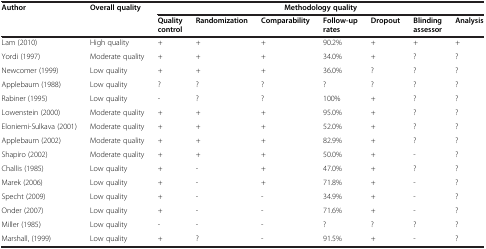
<table><thead><tr><td><b>Author</b></td><td><b>Overall quality</b></td><td colspan="7"><b>Methodology quality</b></td></tr><tr><td><b> </b></td><td><b> </b></td><td><b>Quality control</b></td><td><b>Randomization</b></td><td><b>Comparability</b></td><td><b>Follow-up rates</b></td><td><b>Dropout</b></td><td><b>Blinding assessor</b></td><td><b>Analysis</b></td></tr></thead><tbody><tr><td>Lam (2010)</td><td>High quality</td><td>+</td><td>+</td><td>+</td><td>90.2%</td><td>+</td><td>+</td><td>+</td></tr><tr><td>Yordi (1997)</td><td>Moderate quality</td><td>+</td><td>+</td><td>+</td><td>34.0%</td><td>+</td><td>?</td><td>?</td></tr><tr><td>Newcomer (1999)</td><td>Low quality</td><td>+</td><td>+</td><td>+</td><td>36.0%</td><td>?</td><td>?</td><td>?</td></tr><tr><td>Applebaum (1988)</td><td>Low quality</td><td>?</td><td>?</td><td>?</td><td>?</td><td>?</td><td>?</td><td>?</td></tr><tr><td>Rabiner (1995)</td><td>Low quality</td><td>-</td><td>?</td><td>?</td><td>100%</td><td>+</td><td>?</td><td>?</td></tr><tr><td>Lowenstein (2000)</td><td>Moderate quality</td><td>+</td><td>+</td><td>+</td><td>95.0%</td><td>+</td><td>?</td><td>?</td></tr><tr><td>Eloniemi-Sulkava (2001)</td><td>Moderate quality</td><td>+</td><td>+</td><td>+</td><td>52.0%</td><td>+</td><td>?</td><td>?</td></tr><tr><td>Applebaum (2002)</td><td>Moderate quality</td><td>+</td><td>+</td><td>+</td><td>82.9%</td><td>+</td><td>?</td><td>?</td></tr><tr><td>Shapiro (2002)</td><td>Moderate quality</td><td>+</td><td>+</td><td>+</td><td>50.0%</td><td>+</td><td>-</td><td>?</td></tr><tr><td>Challis (1985)</td><td>Low quality</td><td>+</td><td>-</td><td>+</td><td>47.0%</td><td>+</td><td>?</td><td>?</td></tr><tr><td>Marek (2006)</td><td>Low quality</td><td>+</td><td>-</td><td>+</td><td>71.8%</td><td>+</td><td>-</td><td>?</td></tr><tr><td>Specht (2009)</td><td>Low quality</td><td>+</td><td>-</td><td>-</td><td>34.9%</td><td>+</td><td>-</td><td>?</td></tr><tr><td>Onder (2007)</td><td>Low quality</td><td>+</td><td>-</td><td>-</td><td>71.6%</td><td>+</td><td>-</td><td>?</td></tr><tr><td>Miller (1985)</td><td>Low quality</td><td>-</td><td>-</td><td>-</td><td>?</td><td>?</td><td>?</td><td>?</td></tr><tr><td>Marshall, (1999)</td><td>Low quality</td><td>+</td><td>?</td><td>-</td><td>91.5%</td><td>+</td><td>-</td><td>?</td></tr></tbody></table>